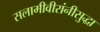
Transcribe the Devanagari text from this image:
सलामीवीरांनीसुद्धा